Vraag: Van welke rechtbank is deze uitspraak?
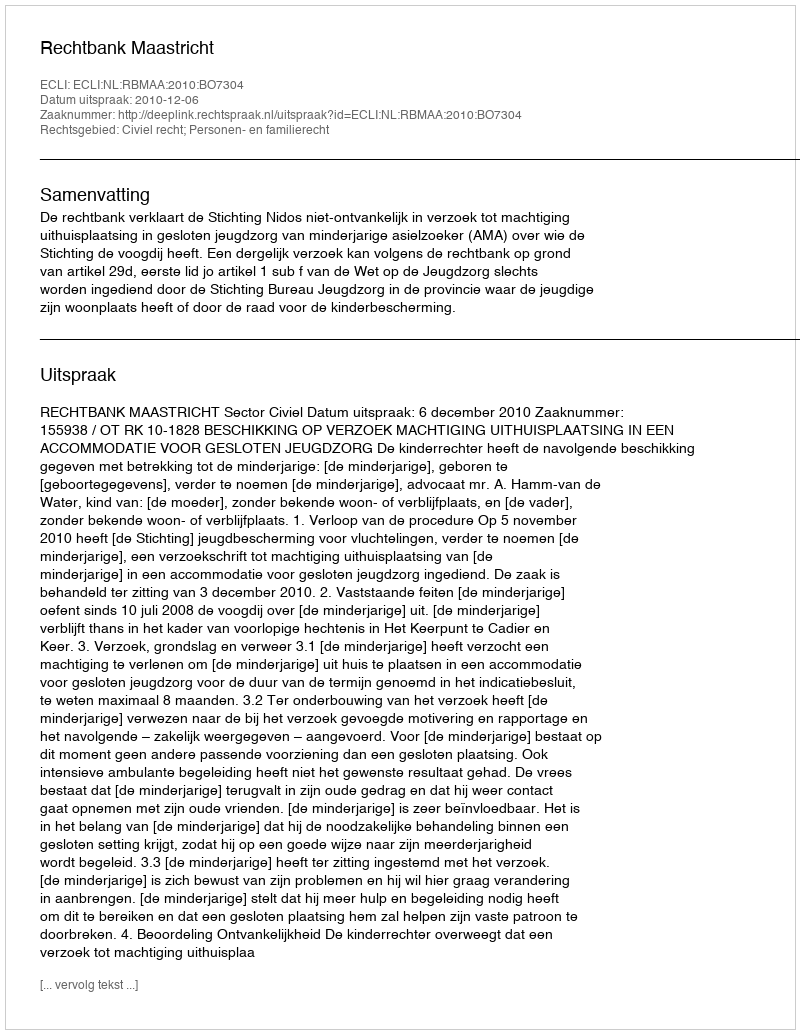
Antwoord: Rechtbank Maastricht